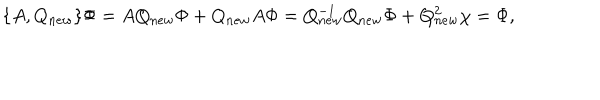
\{ A , Q _ { n e w } \} \Phi = A Q _ { n e w } \Phi + Q _ { n e w } A \Phi = Q _ { n e w } ^ { - 1 } Q _ { n e w } \Phi + Q _ { n e w } ^ { 2 } \chi = \Phi ,